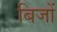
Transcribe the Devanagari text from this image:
बिजों